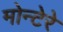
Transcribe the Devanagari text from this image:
मोन्टेरे